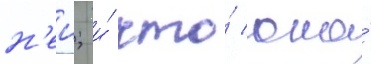
н'еи; и́ что́ она́